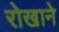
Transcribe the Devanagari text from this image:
रोखाने